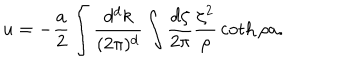
LaTeX: u = - { \frac { a } { 2 } } \int { \frac { d ^ { d } k } { ( 2 \pi ) ^ { d } } } \int { \frac { d \zeta } { 2 \pi } } { \frac { \zeta ^ { 2 } } { \rho } } \coth \rho a .